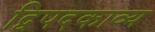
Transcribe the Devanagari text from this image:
द्विपदकाव्य